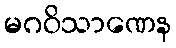
မဂဝိသာဏေန